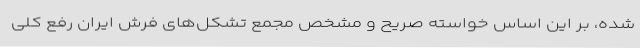
شده، بر این اساس خواسته صریح و مشخص مجمع تشکل‌های فرش ایران رفع کلی